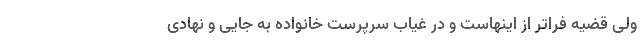
ولی قضیه فراتر از اینهاست و در غیاب سرپرست خانواده به جایی و نهادی